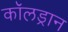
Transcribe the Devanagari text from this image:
कॉलड्रान